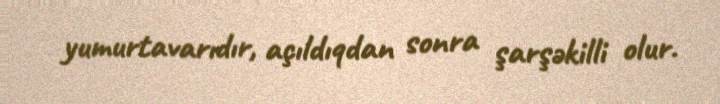
yumurtavarıdır, açıldıqdan sonra şarşəkilli olur.